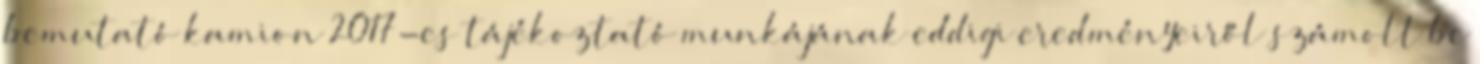
bemutató kamion 2017-es tájékoztató munkájának eddigi eredményeiről számolt be